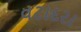
વટાદરા